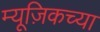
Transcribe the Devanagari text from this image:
म्यूज़िकच्या